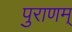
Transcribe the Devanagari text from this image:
पुराणम्‌